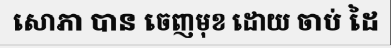
សោភា បាន ចេញមុខ ដោយ ចាប់ ដៃ